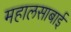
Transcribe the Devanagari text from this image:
महालसाबाई